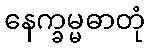
နေက္ခမ္မဓာတုံ